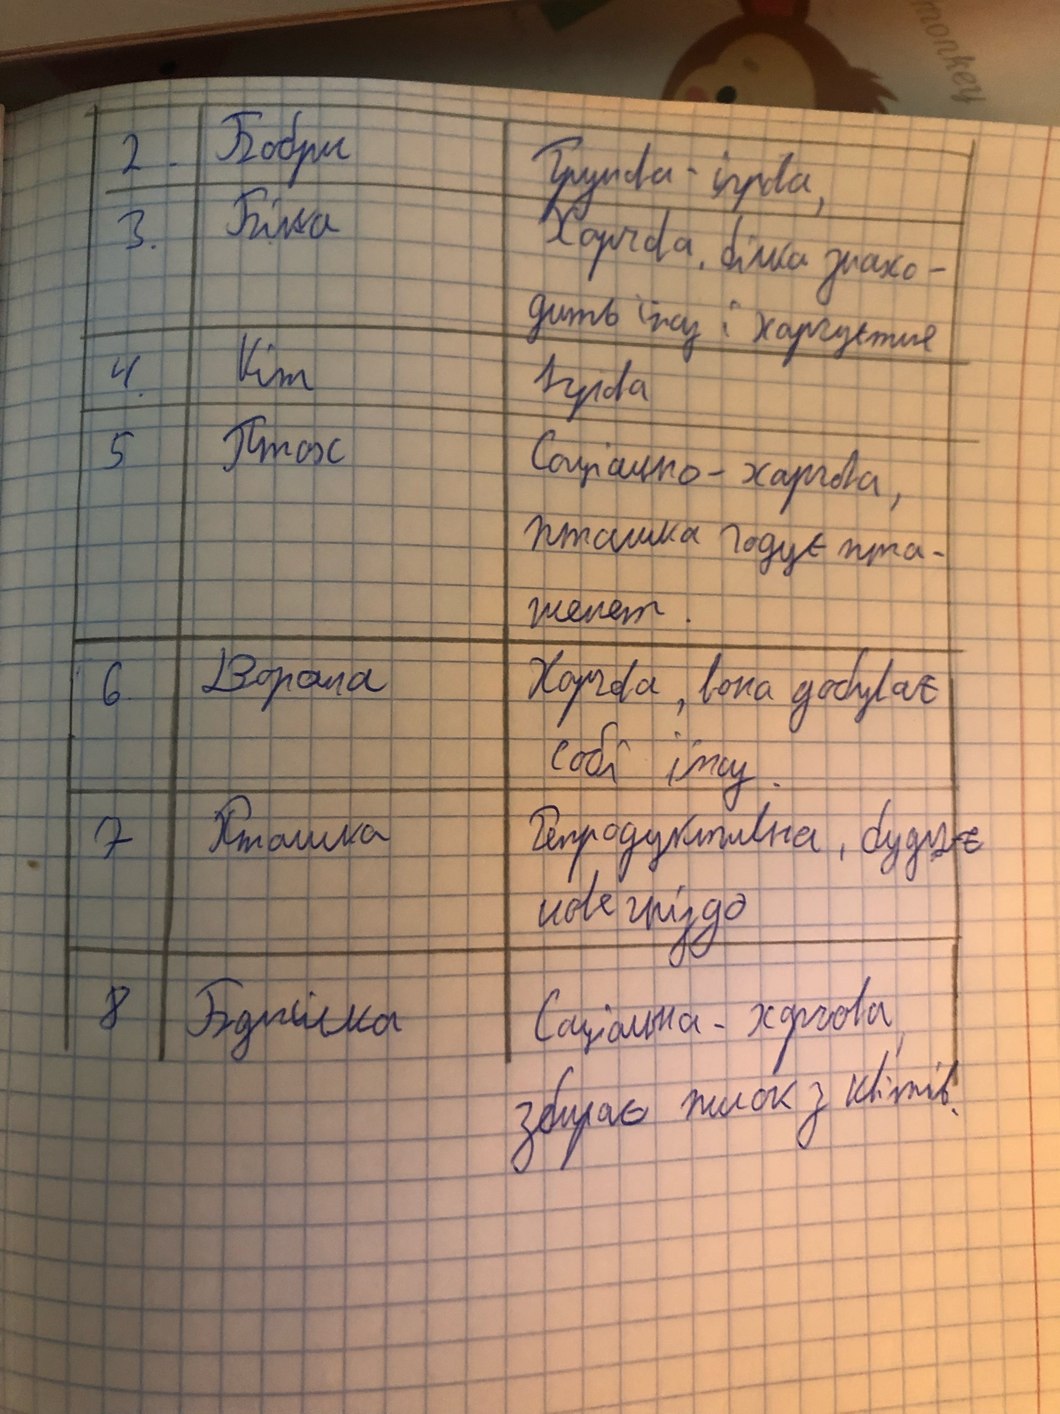
2. | Бобри | Групова - ігрова,
3. | Білка | Харчова, білка знахо-
дить їжу і харчується
4. | Кіт | Ігрова
5. | Птах | Соціально - харчова,
пташка годує пта-
шенят.
6. | Ворона | Харчова, вона добуває с
обі їжу.
7. | Пташка | Репродуктивна, будує
нове гніздо
8. | Бджілка | Соціальна - харчова
збирає пилок з квітів.